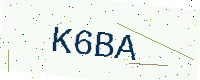
Text: K6BA